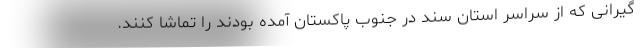
گیرانی که از سراسر استان سند در جنوب پاکستان آمده بودند را تماشا کنند.